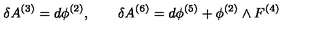
\delta A ^ { ( 3 ) } = d \phi ^ { ( 2 ) } , \qquad \delta A ^ { ( 6 ) } = d \phi ^ { ( 5 ) } + \phi ^ { ( 2 ) } \wedge F ^ { ( 4 ) }